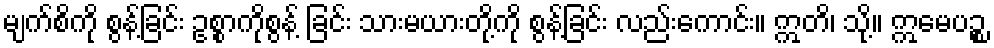
မျက်စိကို စွန့်ခြင်း ဥစ္စာကိုစွန့် ခြင်း သားမယားတို့ကို စွန့်ခြင်း လည်းကောင်း။ ဣတိ၊ သို့။ ဣမေပဉ္စ